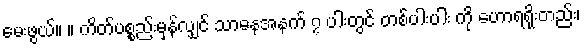
မေးဖွယ်။ ။ ကိတ်ပစ္စည်းမှန်လျှင် သာဓနအနက် ၇ ပါးတွင် တစ်ပါးပါး ကို ဟောရရိုးတည်း၊